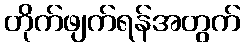
တိုက်ဖျက်ရန်အတွက်